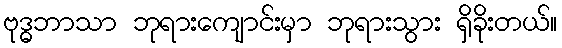
ဗုဒ္ဓဘာသာ ဘုရားကျောင်းမှာ ဘုရားသွား ရှိခိုးတယ်။